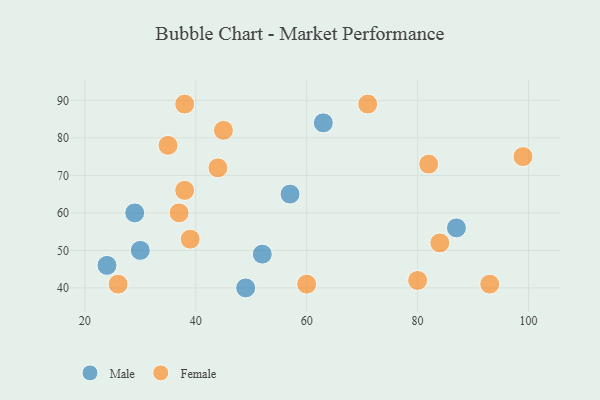
{"axis": {"x": "GDP", "y": "Life Expectancy"}, "legend": ["Female", "Male"], "data": [{"x": "29", "y": 60, "type": "Male"}, {"x": "87", "y": 56, "type": "Male"}, {"x": "24", "y": 46, "type": "Male"}, {"x": "49", "y": 40, "type": "Male"}, {"x": "57", "y": 65, "type": "Male"}, {"x": "63", "y": 84, "type": "Male"}, {"x": "30", "y": 50, "type": "Male"}, {"x": "52", "y": 49, "type": "Male"}, {"x": "82", "y": 73, "type": "Female"}, {"x": "26", "y": 41, "type": "Female"}, {"x": "60", "y": 41, "type": "Female"}, {"x": "93", "y": 41, "type": "Female"}, {"x": "71", "y": 89, "type": "Female"}, {"x": "44", "y": 72, "type": "Female"}, {"x": "38", "y": 66, "type": "Female"}, {"x": "80", "y": 42, "type": "Female"}, {"x": "39", "y": 53, "type": "Female"}, {"x": "35", "y": 78, "type": "Female"}, {"x": "37", "y": 60, "type": "Female"}, {"x": "45", "y": 82, "type": "Female"}, {"x": "99", "y": 75, "type": "Female"}, {"x": "38", "y": 89, "type": "Female"}, {"x": "84", "y": 52, "type": "Female"}]}